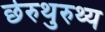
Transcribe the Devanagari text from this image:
छेरुथुरुथ्य